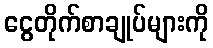
ငွေတိုက်စာချုပ်များကို